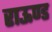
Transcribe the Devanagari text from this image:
राऊण्ड